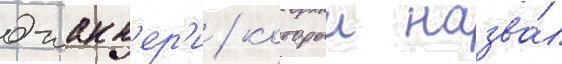
джакк'ер'и / которыи назва́л